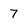
Character: 7